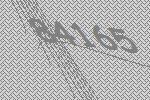
84165